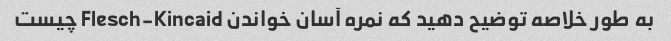
به طور خلاصه توضیح دهید که نمره آسان خواندن Flesch-Kincaid چیست